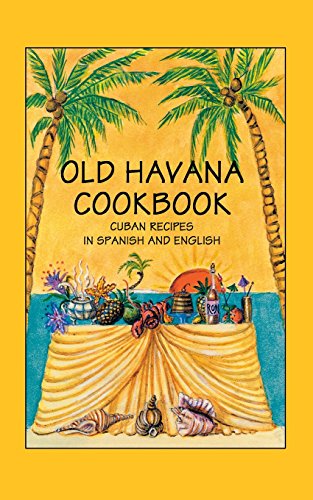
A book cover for Old Havana Cookbook; Rafael Marcos; Cookbooks, Food & Wine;